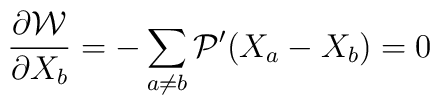
\frac{\partial {\cal W} }{\partial X_{b}} =  -\sum_{a\neq b} {\cal P}'(X_{a}-X_{b})=0